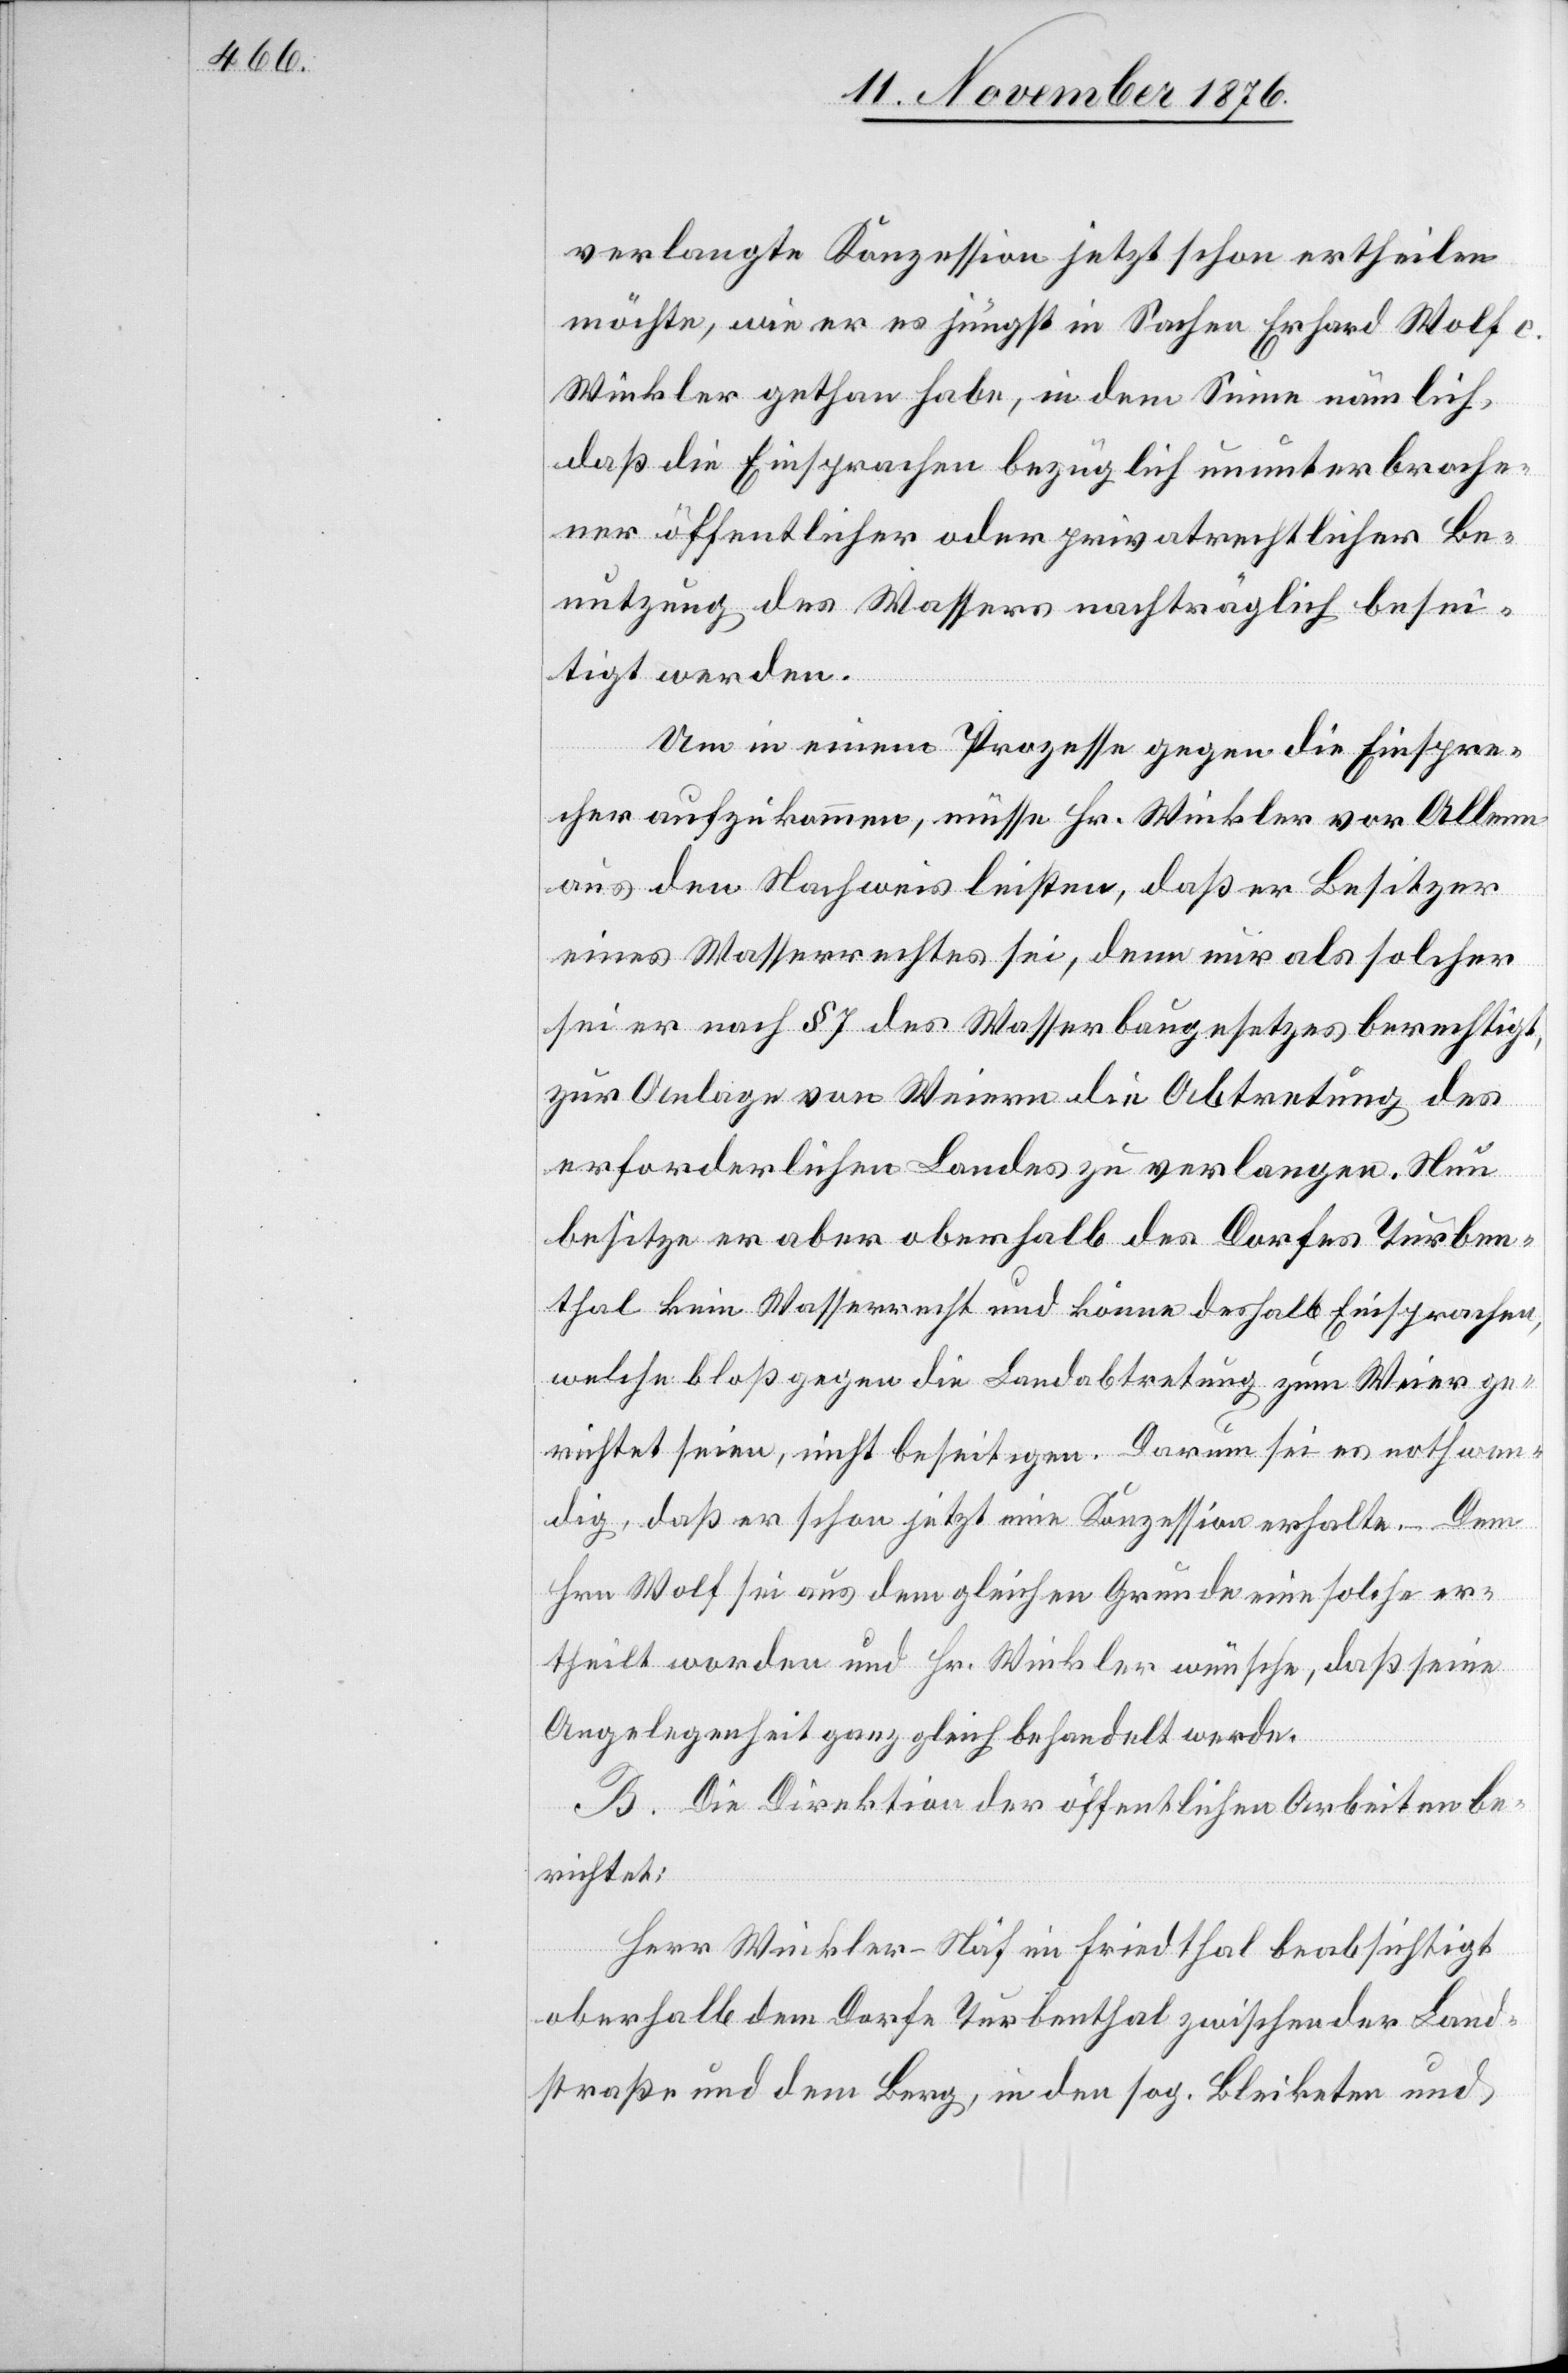
verlangte Konzession jetzt schon ertheilen
möchte, wie er es jüngst in Sachen Erhard Wolf c.
Winkler gethan habe, in dem Sinne nämlich,
daß die Einsprachen bezüglich ununterbroche¬
ner öffentlicher oder privatrechtlicher Be¬
nutzung des Wassers nachträglich besei¬
tigt werden.
Um in einem Prozessen gegen die Einspre¬
cher aufzukommen, müsse Hr. Winkler vor Allem
aus den Nachweis leisten, daß er Besitzer
eines Wasserrechtes sei, denn nur als solcher
sei er nach § 7 des Wasserbaugesetzes berechtigt,
zur Anlage von Weiern die Abtretung des
erforderlichen Landes zu verlangen. Nun
besitze er aber oberhalb des Dorfes Turben¬
thal kein Wasserrecht und könne deshalb Einsprachen,
welche bloß gegen die Landabtretung zum Weier ge¬
richtet seien, nicht beseitigen. Darum sei es nothwen¬
dig, das er schon jetzt eine Konzession erhalte. – Dem
Hrn. Wolf sei aus dem gleichen Grunde eine solche er¬
theilt worden und Hr. Winkler wünsche, daß seine
Angelegenheit ganz gleich behandelt werde.
B. Die Direktion der öffentlichen Arbeiten be¬
richtet:
Herr Winkler-Näf im Friedthal beabsichtigt
oberhalb dem Dorfe Turbenthal zwischen der Land¬
straße und dem Berg, in den sog. Bleiketen und